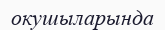
окушыларында